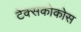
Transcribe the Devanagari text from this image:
टेक्सकोकोस